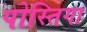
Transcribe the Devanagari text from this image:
पोस्तिगा